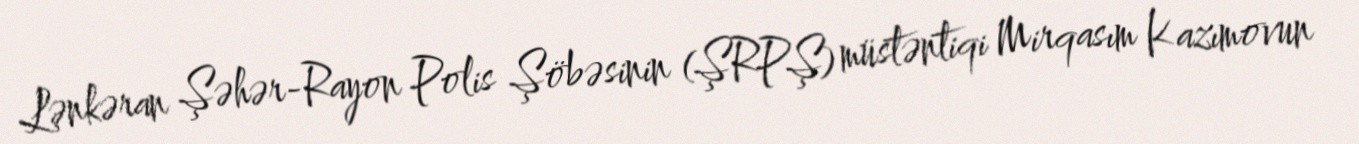
Lənkəran Şəhər-Rayon Polis Şöbəsinin (ŞRPŞ) müstəntiqi Mirqasım Kazımovun